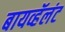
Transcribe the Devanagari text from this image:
बायव्हॅलंट